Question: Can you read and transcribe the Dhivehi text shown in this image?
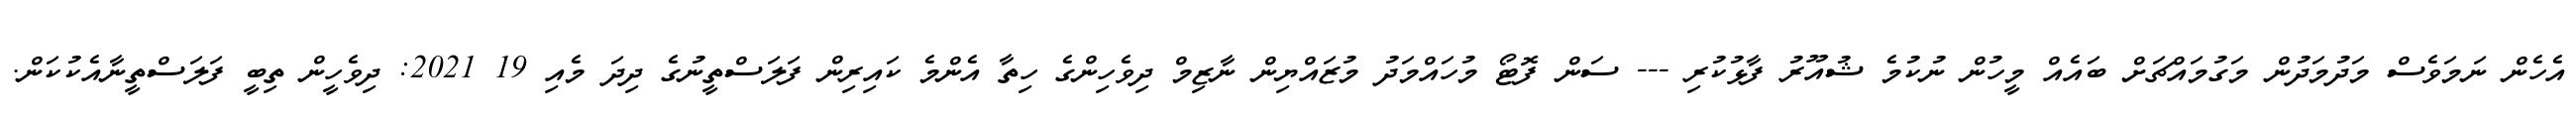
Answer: އެހެން ނަމަވެސް މަދުމަދުން މަގުމައްޗަށް ބައެއް މީހުން ނުކުމެ ޝުއޫރު ފާޅުކުރި --- ސަން ފޮޓޯ މުހައްމަދު މުޒައްޔިން ނާޒިމް ދިވެހިންގެ ހިތާ އެންމެ ކައިރިން ފަލަސްތީނުގެ ދިދަ މެއި 19 2021: ދިވެހީން ތިބީ ފަލަސްތީނާއެކުކަން.